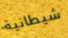
شيطانية